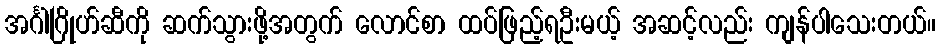
အင်္ဂါဂြိုဟ်ဆီကို ဆက်သွားဖို့အတွက် လောင်စာ ထပ်ဖြည့်ရဦးမယ့် အဆင့်လည်း ကျန်ပါသေးတယ်။